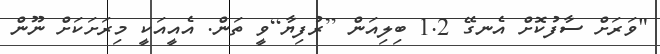
"ވަރަށް ސާފުކޮށް އެނގޭ 1.2 ބިލިއަން [ރުފިޔާ]ވީ ތަން. އެއީއަކީ މިރަށަކަށް ނޫން